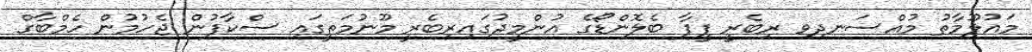
މައުލޫމާތު މުއްސަނދިވި ރިބެރީ ފީފާ ބެލޮންޑޯގެ އުންމީދުގައިރިބެރީ މޫނުމަތީގައި ސްކާފުން ޖެހުމުން ހެމްބާގް